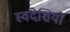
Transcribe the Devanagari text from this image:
स्वदेशियों